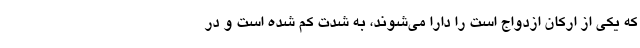
که یکی از ارکان ازدواج است را دارا می‌شوند، به شدت کم شده است و در